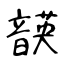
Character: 韺